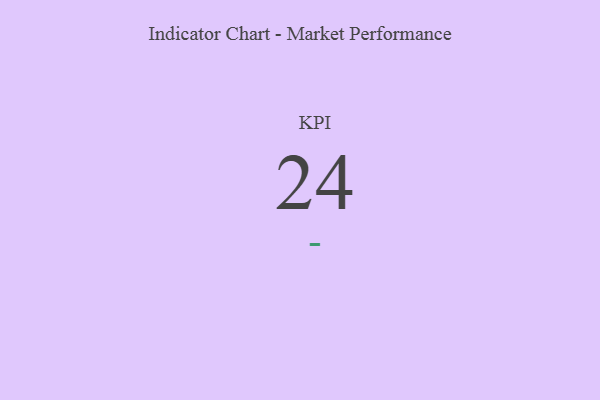
{"axis": {"x": "KPI", "y": "Value"}, "legend": [""], "data": [{"x": "KPI", "y": 24, "type": ""}]}